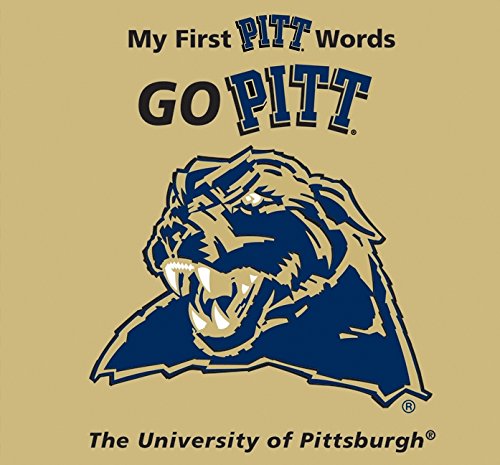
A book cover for My First Pittsburgh Words Go Pitt; Connie McNamara; Humor & Entertainment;